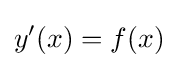
y'(x)=f(x)